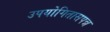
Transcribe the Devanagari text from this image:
उपयोगितासपन्न